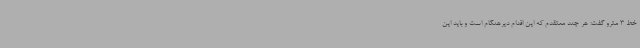
خط 3 مترو گفت:‌ هر چند معتقدم که این اقدام دیرهنگام است و باید این